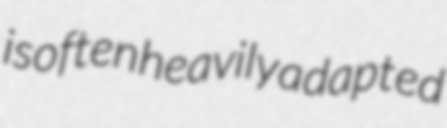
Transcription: is often heavily adapted